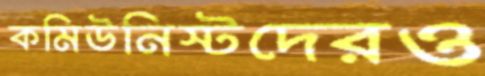
কমিউনিস্টদেরও